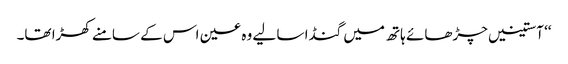
‘‘ آستینیں چڑھائے ہاتھ میں گنڈا سا لیے وہ عین اس کے سامنے کھڑا تھا۔